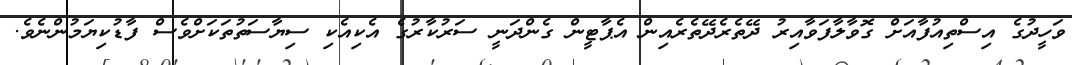
ވަހީދުގެ އިސްތިއުފާއަށް ގޮވާލާފަވާއިރު ދޭތެރެދޭތެރެއިން އެޕާޓީން ގެންދަނީ ސަރުކާރުގެ އެކިއެކި ސިޔާސަތުތަކަށްވެސް ފާޑުކިޔަމުންނެވެ.